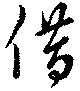
借